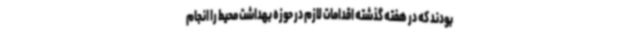
بودند که در هفته گذشته اقدامات لازم در حوزه بهداشت محیط را انجام